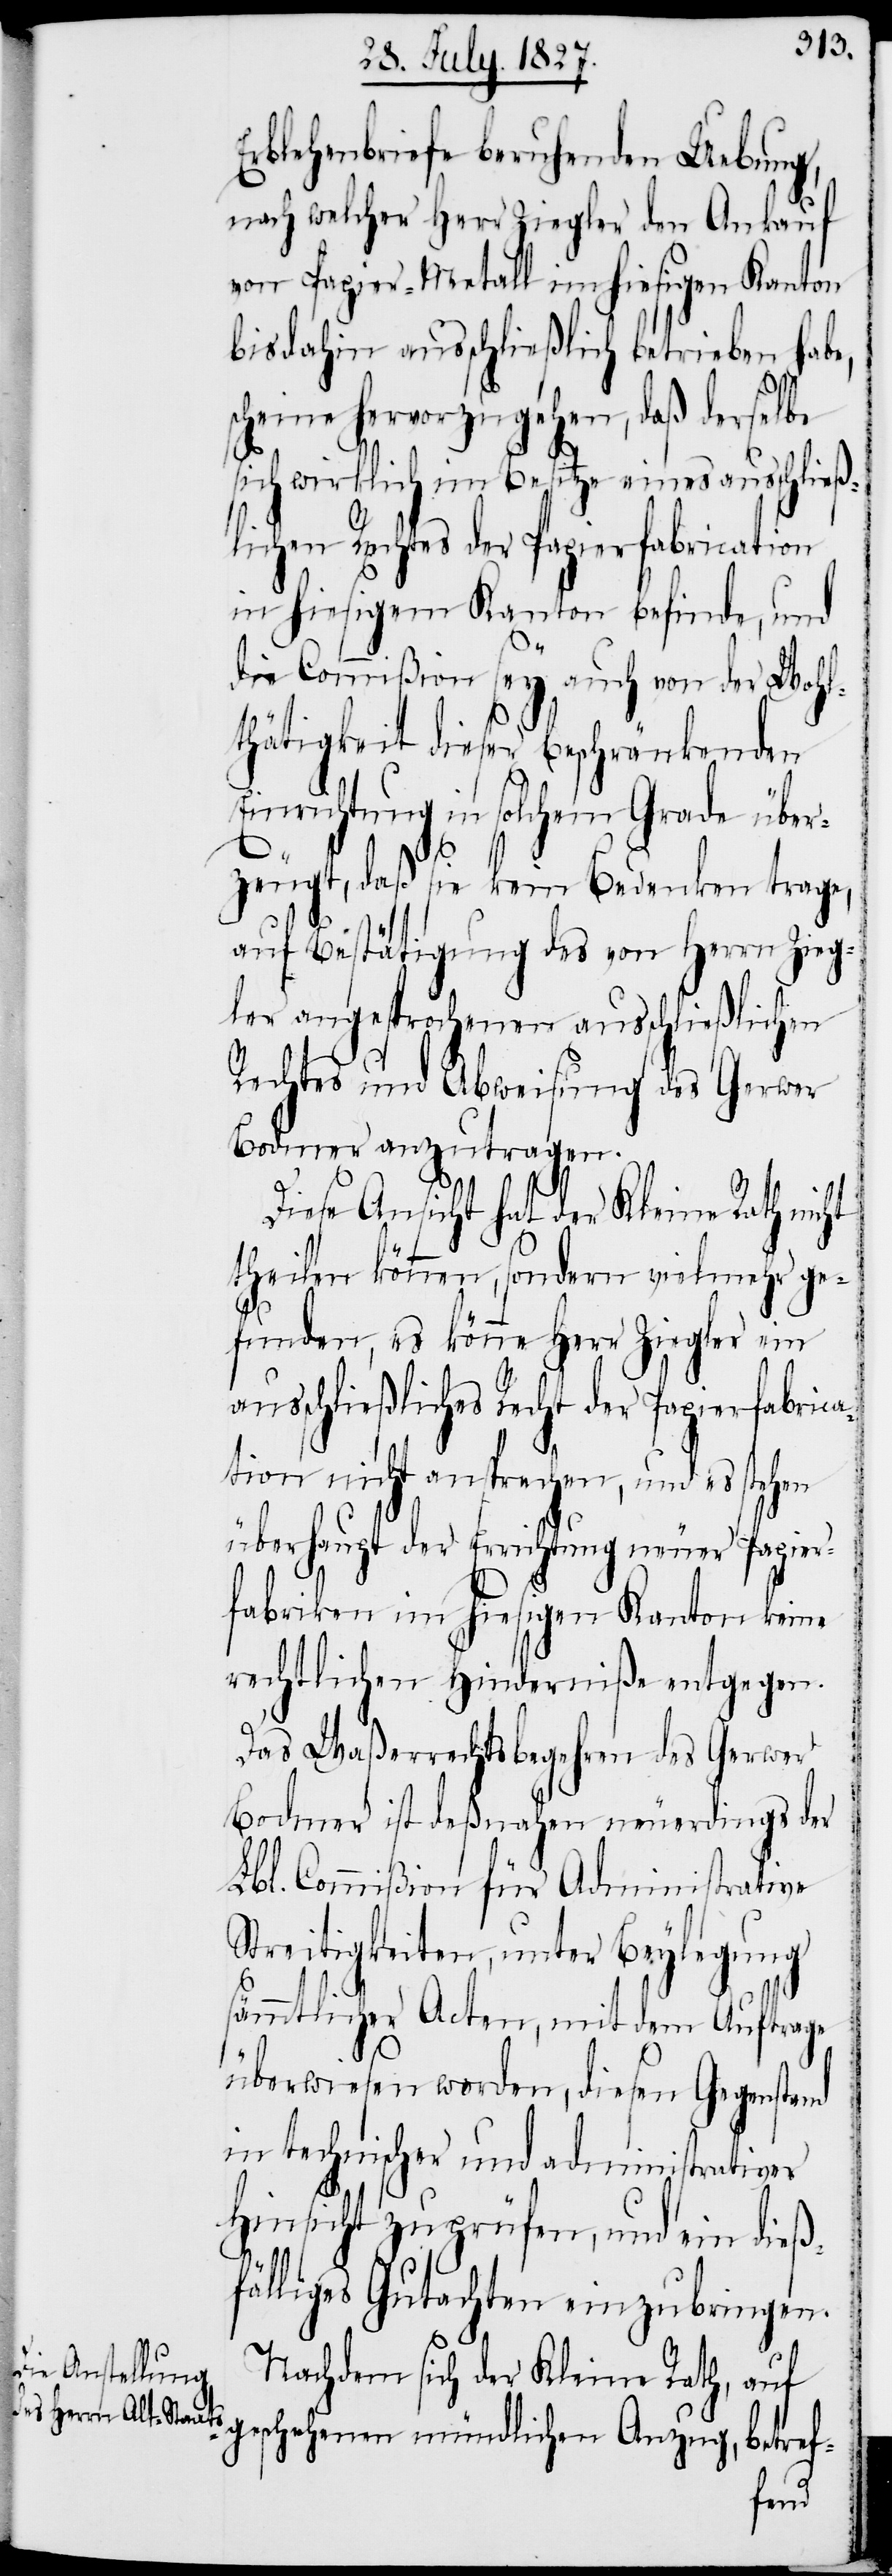
Erblehenbriefe beruhenden Uebung,
nach welcher Herr Ziegler den Ankauf
von Papier-Metall im hiesigen Kanton
bis dahin ausschließlich betrieben habe,
scheine hervorzugehen, daß derselbe
sich wirklich im Besitze eines ausschließ¬
lichen Rechtes der Papierfabrication
in hiesigem Kanton befinde, und
die Commißion sey auch von der Wohl¬
thätigkeit dieser beschränkenden
Einrichtung in solchem Grade über¬
zeugt, daß sie kein Bedenken trage,
auf Bestätigung des von Herrn Zieg¬
ler angesprochenen ausschließlichen
Rechtes und Abweisung des Ger¬
wer anzutragen.
Diese Ansicht hat der Kleine Rath nicht
theilen können, sondern vielmehr ge¬
funden, es könne Herr Ziegler ein
ausschließliches Recht der Papierfabrica¬
tion nicht ansprechen, und es stehen
überhaupt der Errichtung neuer Papier¬
fabriken im hiesigen Kanton keine
rechtlichen Hinderniße entgegen.
Das Waßerrechtsbegehren des Gerwer
Bodmer ist deßnahen neuerdings der
Lbl. Commißion für Administrative
Streitigkeiten, unter Beylegung
sämmtlicher Acten, mit dem Auftrage
überwiesen worden, diesen Gegenstand
in technischer und administrativer
Hinsicht zu prüfen, und ein dieß¬
fälliges Gutachten einzubringen.
Nachdem sich der Kleine Rath, auf
betref-